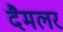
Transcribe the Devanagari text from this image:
दैमलर